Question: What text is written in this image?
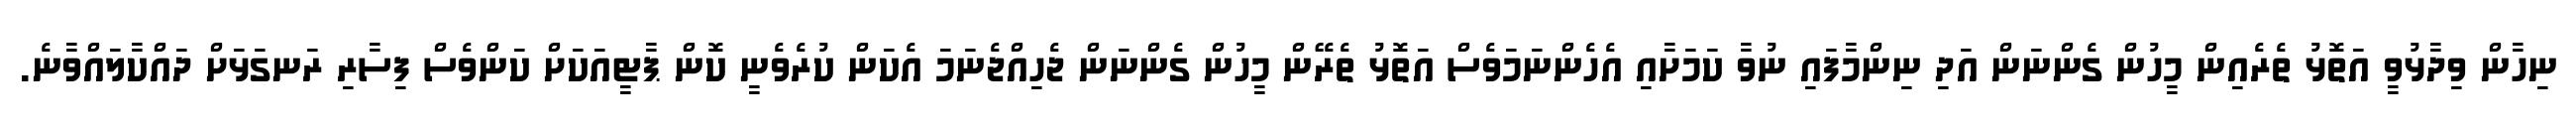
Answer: ނިހާން ވިދާޅުވީ އަތޮޅު ތެރެއިން މީހުން ގެންނަން އަދި ނިންމާފައި ނުވާ ކަމަށާއި އެހެންނަމަވެސް އަތޮޅު ތެރޭން މީހުން ގެންނަން ޖެހިއްޖެނަމަ އެކަން ކުރެވެނީ ކޮން ޕާޓީއަކަށް ކަންވެސް ފިސާރި ރަނގަޅަށް ދައްކާލައްވާނެ.